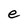
Character: e